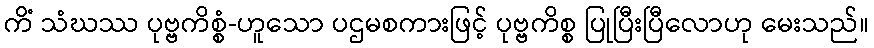
ကိံ သံဃဿ ပုဗ္ဗကိစ္စံ-ဟူသော ပဌမစကားဖြင့် ပုဗ္ဗကိစ္စ ပြုပြီးပြီလောဟု မေးသည်။